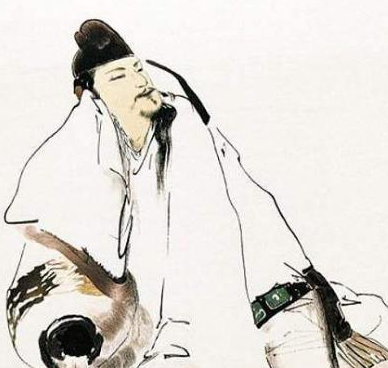
贱妾茕茕守空房，忧来思君不敢忘，不觉泪下沾衣裳。